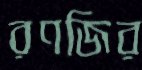
রণজির